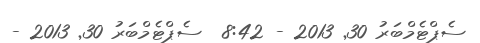
ސެޕްޓެމްބަރު 30